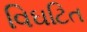
વિઘટિત